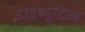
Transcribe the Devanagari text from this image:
डाइब्यूटिल